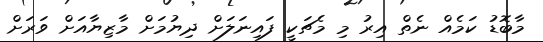
މާބޮޑު ކަމެއް ނެތް އިރު މި މެޗަކީ ފައިނަލަށް ދިޔުމަށް މާޒިޔާއަށް ވަރަށް